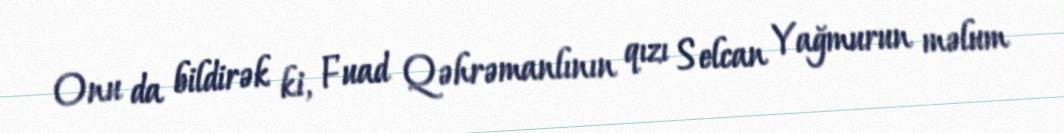
Onu da bildirək ki, Fuad Qəhrəmanlının qızı Selcan Yağmurun məlum